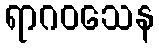
ရာဂဝသေန